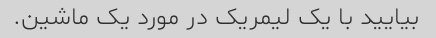
بیایید با یک لیمریک در مورد یک ماشین.